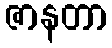
ဇာနတာ